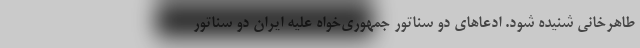
طاهرخانی شنیده شود. ادعاهای دو سناتور جمهوری‌خواه علیه ایران دو سناتور